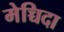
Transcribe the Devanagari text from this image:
मेच्चिदा